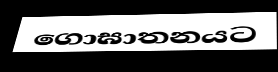
ගොඝාතනයට